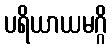
ပရိယာယမဂ္ဂိ